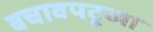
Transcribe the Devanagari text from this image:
बचावपटूच्या